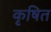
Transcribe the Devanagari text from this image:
कृषित